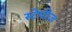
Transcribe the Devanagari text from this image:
स्टेपीज़